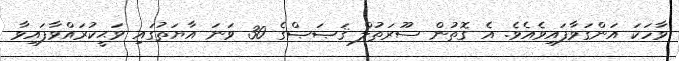
ވާހަކަ އަންގަވާފައިވެއެވެ. އެ ގޮތުން ސޫރަތުލް ޤަޞަޞްގެ 30 ވަނަ އާޔަތުގައި ވަޙީކުރައްވާފައިވާ